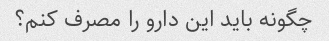
چگونه باید این دارو را مصرف کنم؟